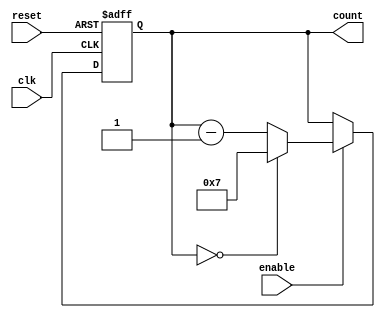
module ModuloN_Down_Counter(
  input wire clk,
  input wire reset,
  input wire enable,
  output reg [N-1:0] count
);

parameter N = 8; // specify the value of N

always @(posedge clk or posedge reset) begin
  if (reset) begin
    count <= N-1;
  end else if (enable) begin
    if (count == 0) begin
      count <= N-1;
    end else begin
      count <= count - 1;
    end
  end
end

endmodule